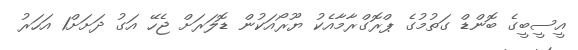
އީސީބީގެ ބޮންޑް ގަތުމުގެ ޕްރޮގްރާމާއެކު ޔޫރޯއަކުން ޑޮލަރަށް ޖެހޭ އަގު ދަށަށް1 އަހަރު